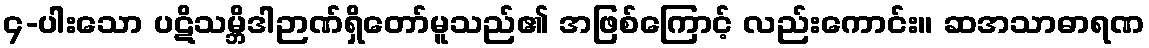
၄-ပါးသော ပဋိသမ္ဘိဒါဉာဏ်ရှိတော်မူသည်၏ အဖြစ်ကြောင့် လည်းကောင်း။ ဆအသာဓာရဏ